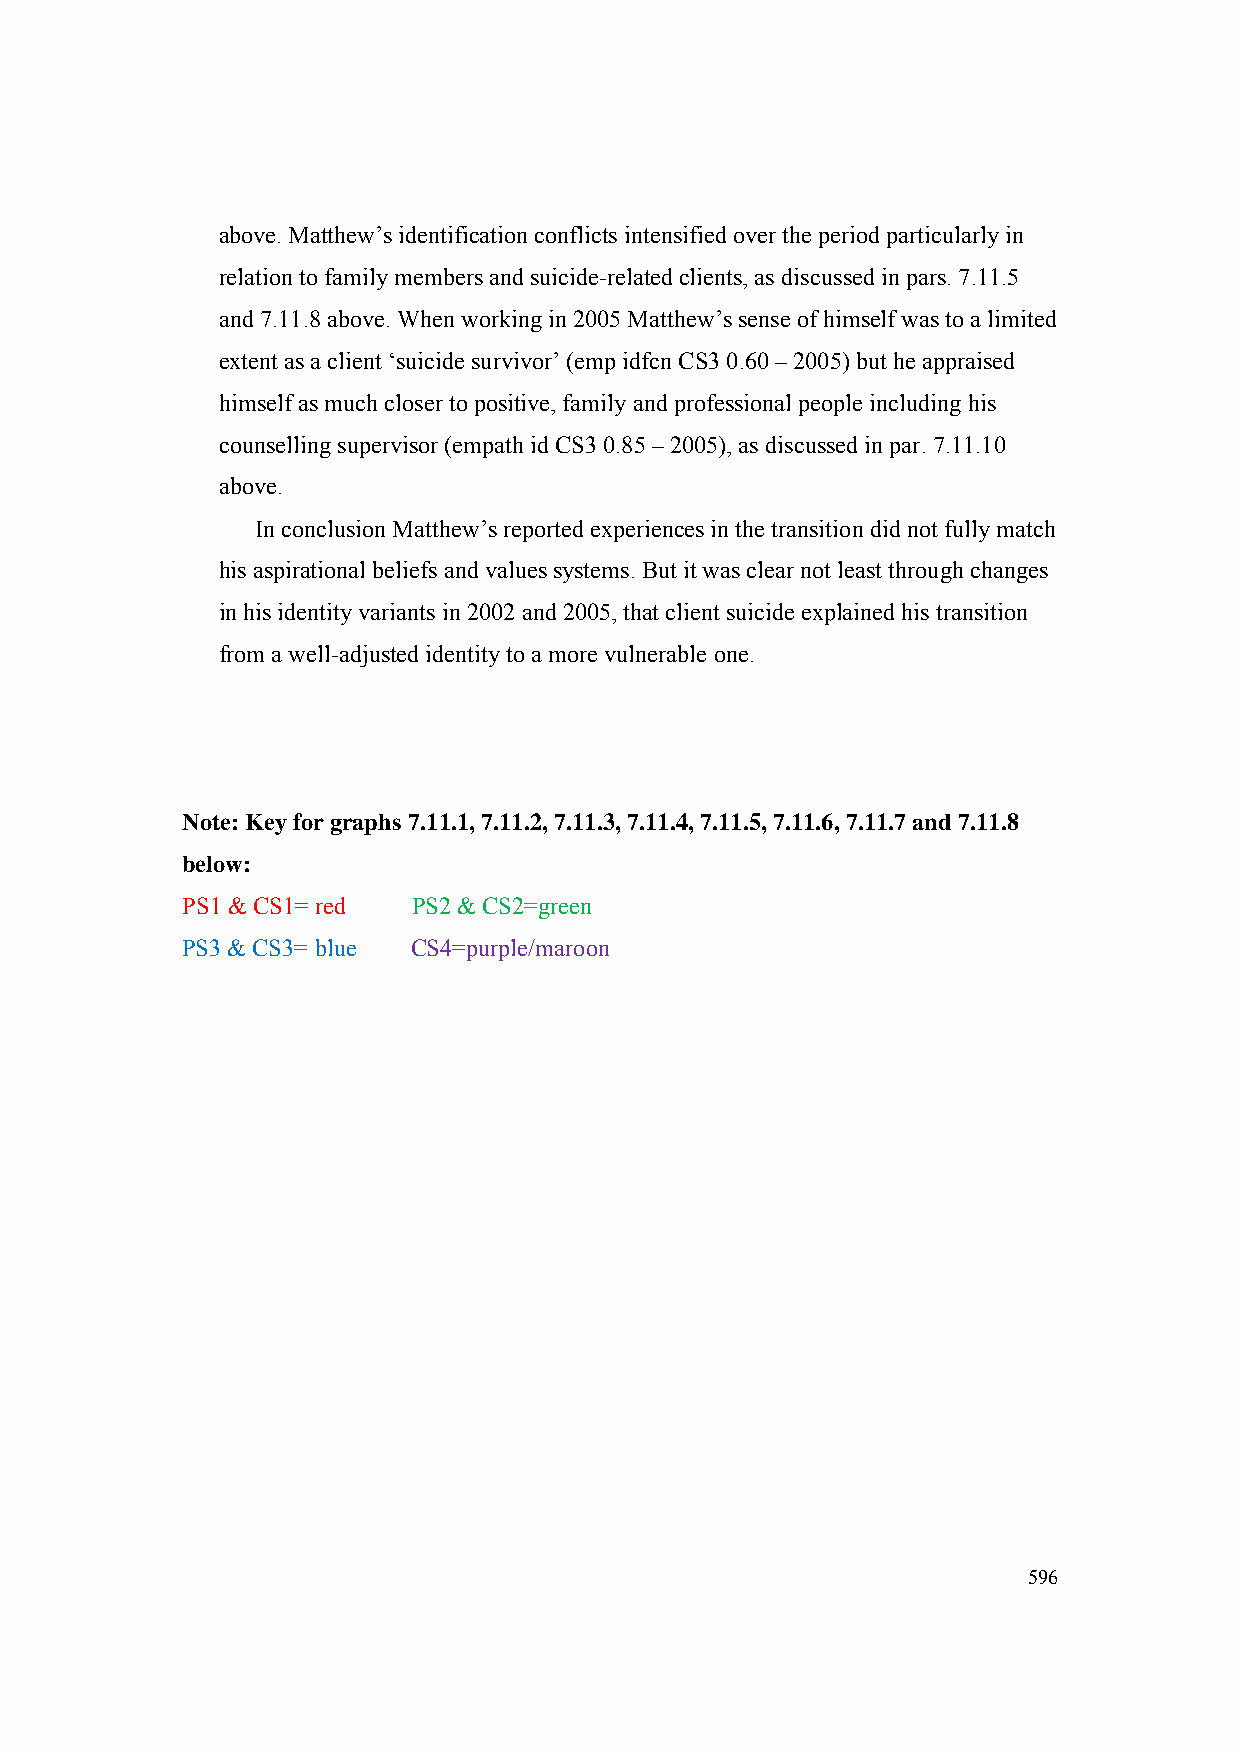
above. Matthew’s identification conflicts intensified over the period particularly in
 relation to family members and suicide-related clients, as discussed in pars. 7.11.5
 and 7.11.8 above. When working in 2005 Matthew’s sense of himself was to a limited
 extent as a client ‘suicide survivor’ (emp idfcn CS3 0.60 – 2005) but he appraised
 himself as much closer to positive, family and professional people including his
 counselling supervisor (empath id CS3 0.85 – 2005), as discussed in par. 7.11.10
 above.
 In conclusion Matthew’s reported experiences in the transition did not fully match
 his aspirational beliefs and values systems. But it was clear not least through changes
 in his identity variants in 2002 and 2005, that client suicide explained his transition
 from a well-adjusted identity to a more vulnerable one.
 Note: Key for graphs 7.11.1, 7.11.2, 7.11.3, 7.11.4, 7.11.5, 7.11.6, 7.11.7 and 7.11.8
 below:
 PS1 & CS1= red PS2 & CS2=green
 PS3 & CS3= blue CS4=purple/maroon
 596